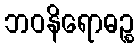
ဘဝနိရောဓဉ္စ